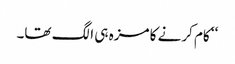
‘‘ کام کرنے کا مزہ ہی الگ تھا۔